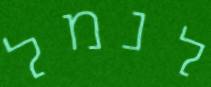
לנמל